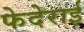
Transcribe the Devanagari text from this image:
फेदेराई